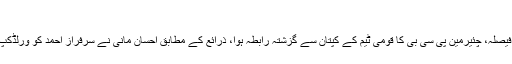
– Azaad.pk
لاہور (نیوز ڈیسک) سرفراز احمد کو کپتانی سے ہٹانے کا فیصلہ، چئیرمین پی سی بی کا قومی ٹیم کے کپتان سے گزشتہ رابطہ ہوا، ذرائع کے مطابق احسان مانی نے سرفراز احمد کو ورلڈکپ کے بعد کپتان برقرار رکھنے کی یقین دہانی نہیں کروائی۔